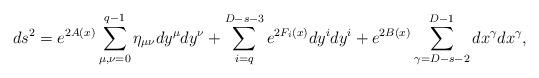
LaTeX: \begin{align*} ds^2=e^{2A(x)}\sum_{\mu,\nu=0}^{q-1} \eta_{\mu\nu}dy^\mu dy^\nu +\sum_{i=q}^{D-s-3}e^{2F_i(x)}dy^i dy^i +e^{2B(x)}\sum_{\gamma=D-s-2}^{D-1} dx^\gamma dx^\gamma,\end{align*}